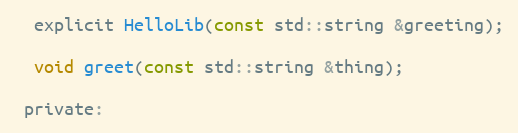
Language: C
  explicit HelloLib(const std::string &greeting);

  void greet(const std::string &thing);

 private: